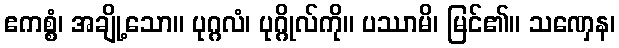
ဧကစ္စံ၊ အချို့သော။ ပုဂ္ဂလံ၊ ပုဂ္ဂိုလ်ကို။ ပဿာမိ၊ မြင်၏။ သဏှေန၊